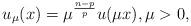
LaTeX: \begin{align*}u_{\mu}(x)=\mu^{\frac{n-p}{p}}u(\mu x),\mu>0,\end{align*}